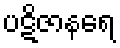
ပဋိဇာနရေ